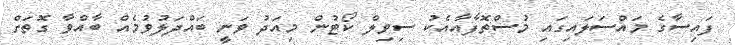
ފައިސާގެ މައްސަލައިގައި މުސްތޮފާއާއެކު ސިވިލް ކޯޓުން މިއަދު ވަނީ ބައްދަލުވުމެއް ބާއްވާ ގޮތަށް